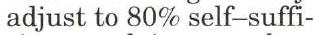
adjust to 80% self-suffi-